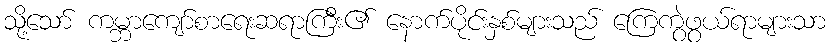
သို့သော် ကမ္ဘာကျော်စာရေးဆရာကြီး၏ နောက်ပိုင်းနှစ်များသည် ကြေကွဲဖွယ်ရာများသာ